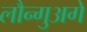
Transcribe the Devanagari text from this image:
लौन्गुअगे